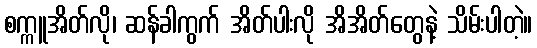
စက္ကူအိတ်လို၊ ဆန်ခါကွက် အိတ်ပါးလို အိအိတ်တွေနဲ့ သိမ်းပါတဲ့။